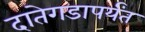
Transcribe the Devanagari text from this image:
दातेगडापर्यंत